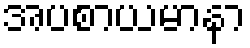
အပစာယမာနာ